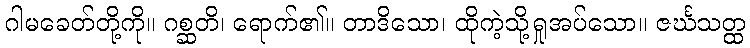
ဂါမခေတ်တို့ကို။ ဂစ္ဆတိ၊ ရောက်၏။ တာဒိသော၊ ထိုကဲ့သို့ရှုအပ်သော။ ဇင်္ဃသတ္ထ